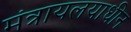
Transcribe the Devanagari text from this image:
मंत्रायलयाधीन